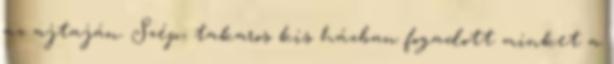
az ajtaján. Szép, takaros kis házban fogadott minket a